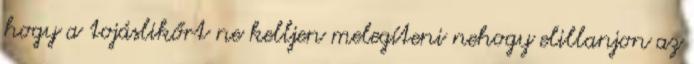
hogy a tojáslikőrt ne kelljen melegíteni nehogy elillanjon az